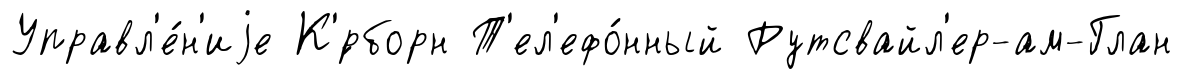
Управл'е́н'иjе К'́рборн Т'ел'ефо́нный Рутсвайл'ер-ам-Глан